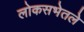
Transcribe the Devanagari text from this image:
लोकसभेतले